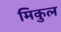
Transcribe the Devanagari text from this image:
मिकुल